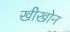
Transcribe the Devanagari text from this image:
खीखोन